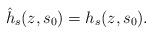
LaTeX: \begin{align*}\hat{h}_{s}(z, s_0)=h_{s}(z, s_0).\end{align*}